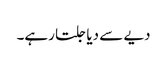
دیے سے دیا جلتا رہے۔